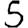
Digit: 5